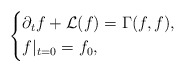
\begin{align*}\left\{\begin{aligned} &\partial_t f+\mathcal{L}(f)=\Gamma(f,f),\\ &f|_{t=0}=f_0,\end{aligned}\right.\end{align*}